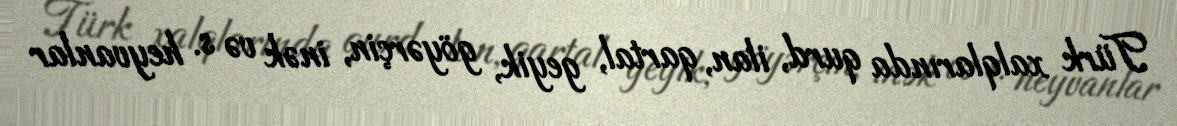
Türk xalqlarında qurd, ilan, qartal, geyik, göyərçin, inək və s. heyvanlar